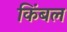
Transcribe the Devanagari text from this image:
किंबल